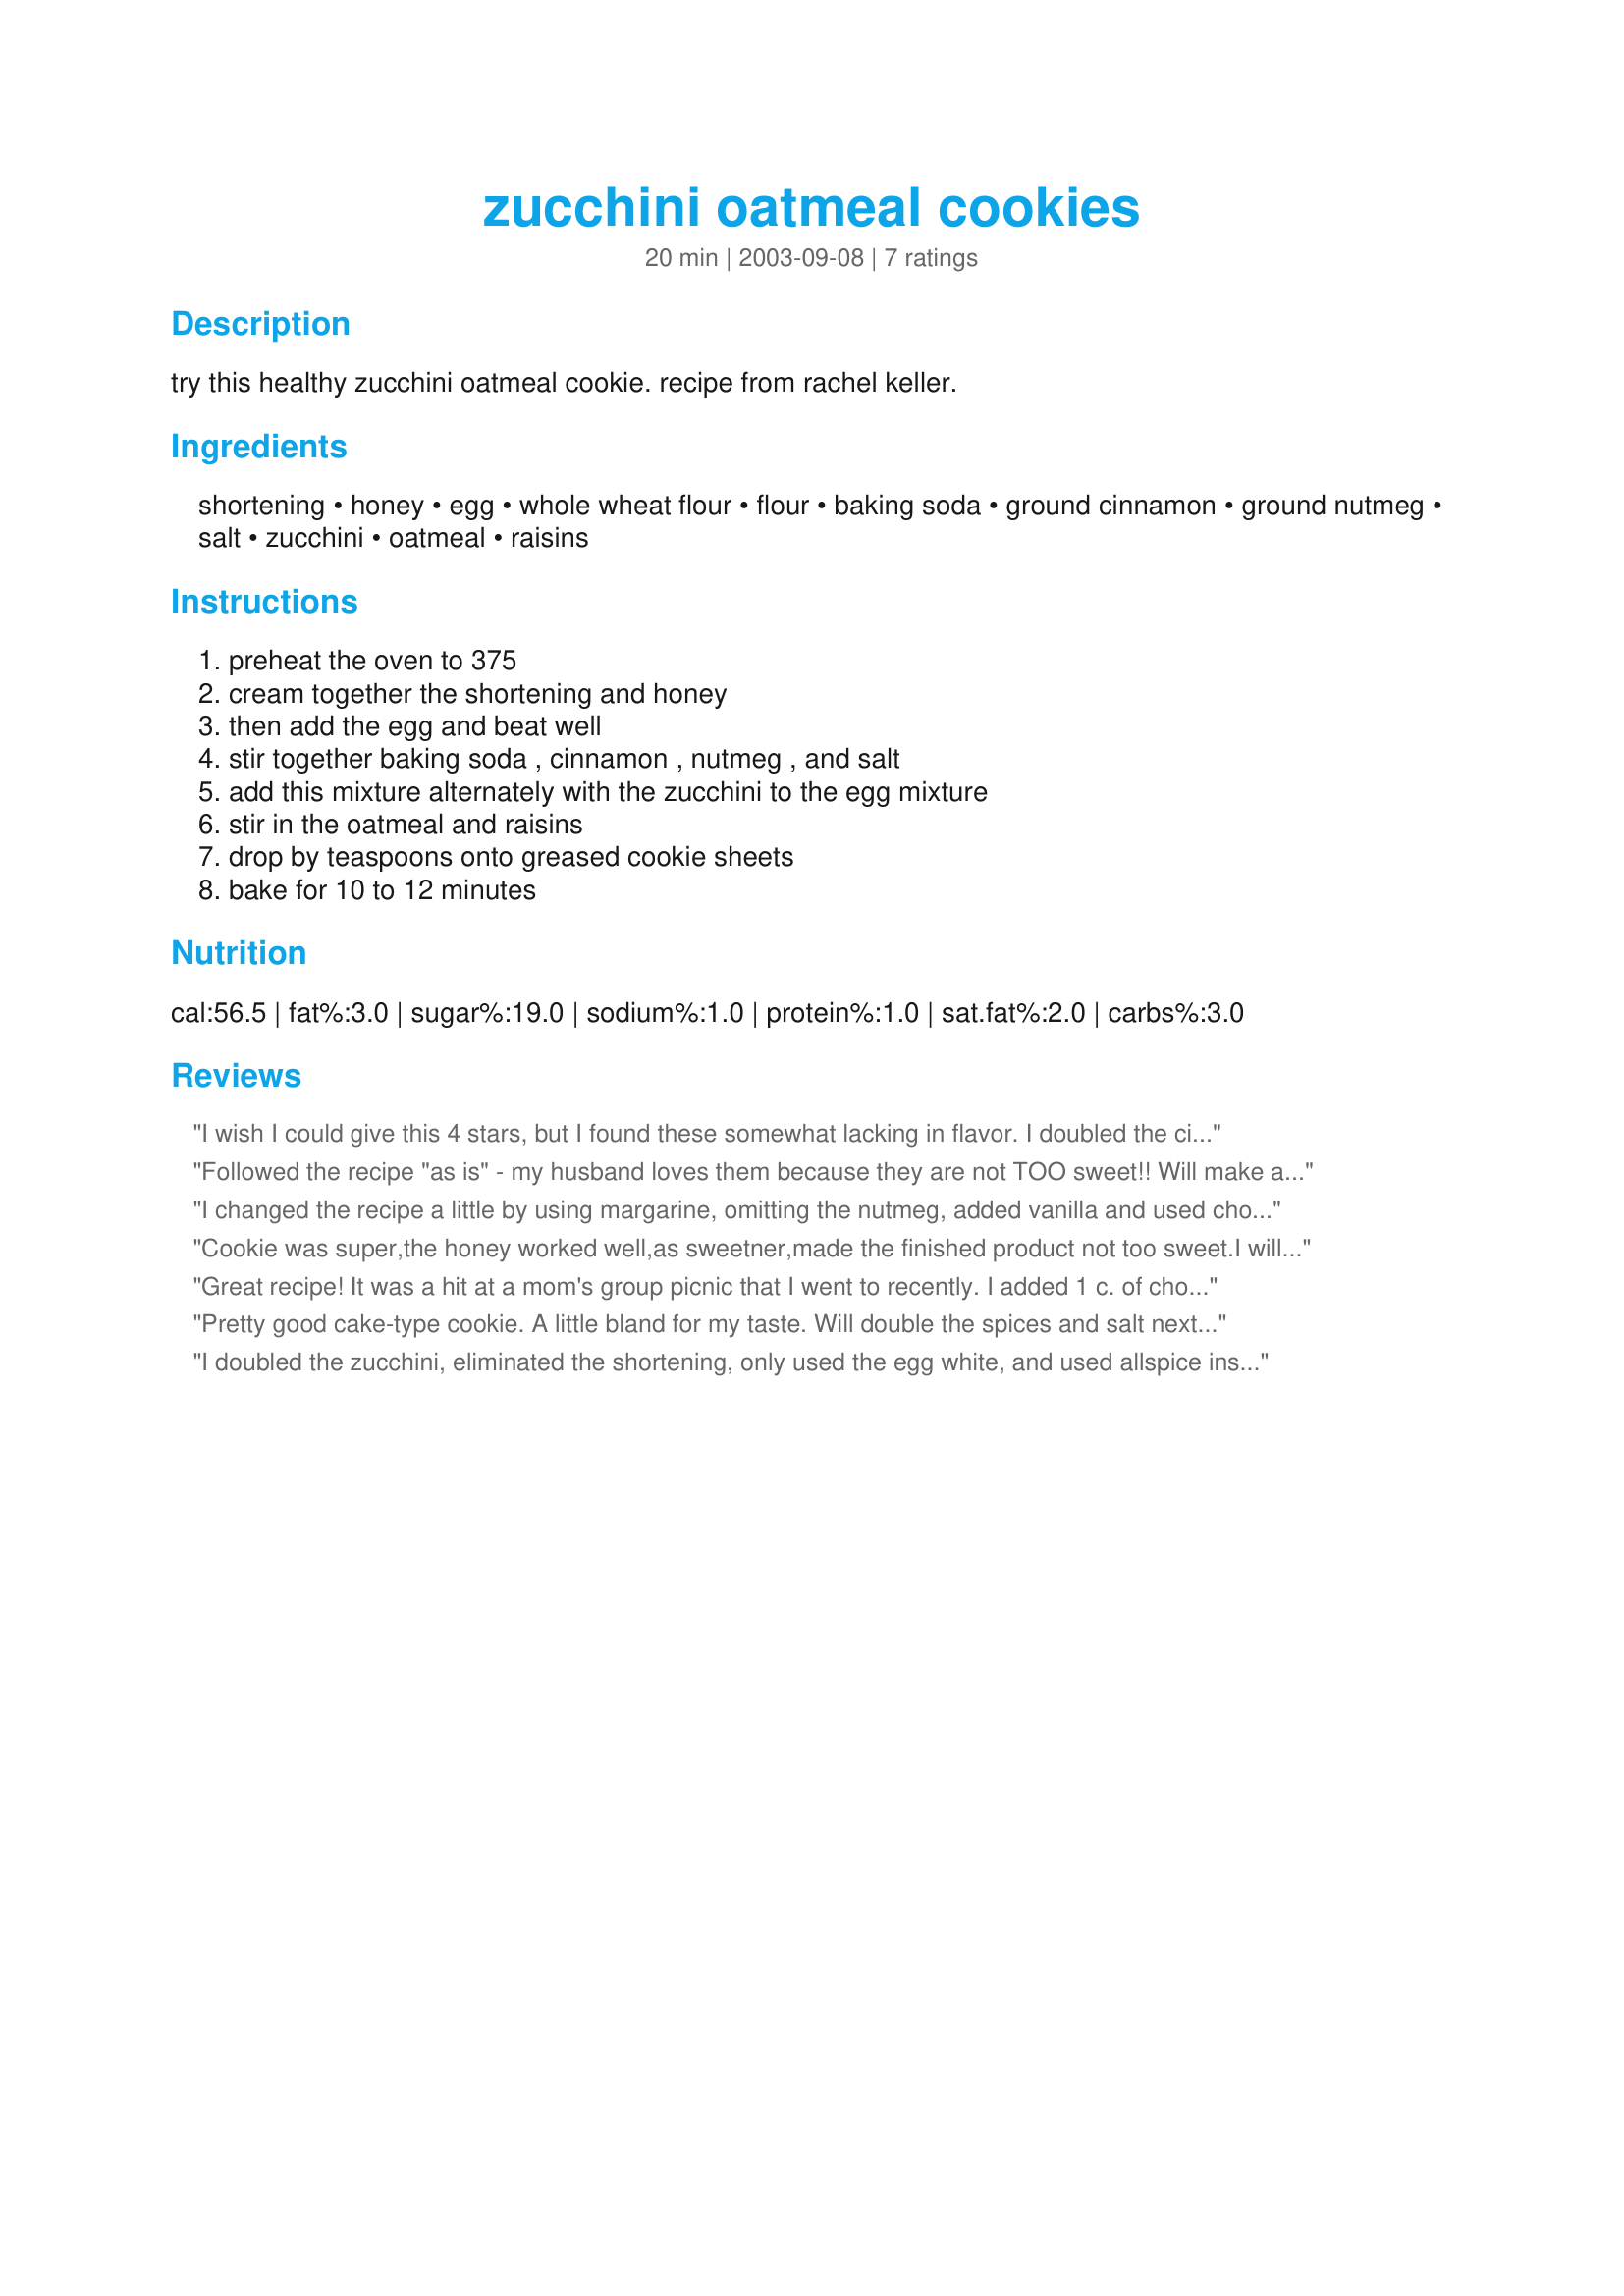
zucchini oatmeal cookies
Preparation time: 20 minutes

try this healthy zucchini oatmeal cookie. recipe from rachel keller.

Ingredients:
shortening, honey, egg, whole wheat flour, flour, baking soda, ground cinnamon, ground nutmeg, salt, zucchini, oatmeal, raisins

Steps:
preheat the oven to 375, cream together the shortening and honey, then add the egg and beat well, stir together baking soda , cinnamon , nutmeg , and salt, add this mixture alternately with the zucchini to the egg mixture, stir in the oatmeal and raisins, drop by teaspoons onto greased cookie sheets, bake for 10 to 12 minutes

Reviews:
I wish I could give this 4 stars, but I found these somewhat lacking in flavor. I doubled the cinmamon, added 1/2 t allspice & 1/2 t nutmeg, per others suggestions. I also doubled the zucchini, added some chopped pecans & more like 1 1/2 c of rasins. I'm fine with the "not too sweet", but the resulting cookies were spongy in texture and a bit bland for my taste. Sorry
Followed the recipe "as is" - my husband loves them because they are not TOO sweet!! Will make again.
I changed the recipe a little by using margarine, omitting the nutmeg, added vanilla and used choc. chips instead of raisins. Nice soft cookie and still health. Neighbours kids enjoyed them.
Cookie was super,the honey worked well,as sweetner,made the finished product not too sweet.I will keep this and make again.Don Steele
Great recipe! It was a hit at a mom's group picnic that I went to recently. I added 1 c. of chocolate chips, and increased the quantities of Zucchini, Oatmeal, Cinnamon, and Nutmeg.
Pretty good cake-type cookie. A little bland for my taste. Will double the spices and salt next time. I prefer larger cookies, so this recipe yielded large 20 cookies, baked 12 minutes.
I doubled the zucchini, eliminated the shortening, only used the egg white, and used allspice instead of nutmeg.
